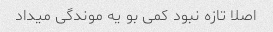
اصلا تازه نبود کمی بو یه موندگی میداد